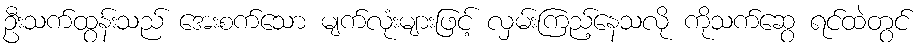
ဦးသက်ထွန်းသည် အေးစက်သော မျက်လုံးများဖြင့် လှမ်းကြည့်နေသလို ကိုသက်ဆွေ ရင်ထဲတွင်